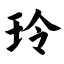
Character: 玲